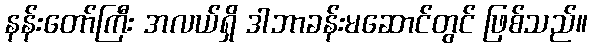
နန်းတော်ကြီး အလယ်ရှိ ဒါဘာခန်းမဆောင်တွင် ဖြစ်သည်။